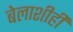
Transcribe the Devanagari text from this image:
बेलाशीही